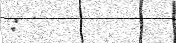
: